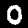
Digit: 0